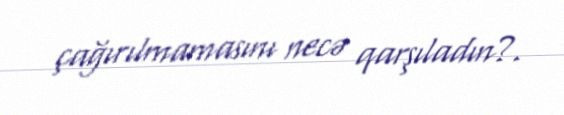
çağırılmamasını necə qarşıladın?.